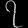
Digit: ၇